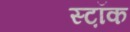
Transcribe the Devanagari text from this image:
स्ट़ॉक